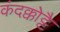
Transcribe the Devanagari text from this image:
कंदक्कोट्टै